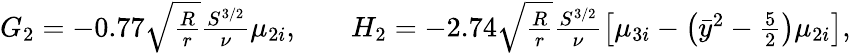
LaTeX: \begin{array}{rlr}{G_{2}=-0.77\sqrt{\frac{R}{r}}\frac{S^{3/2}}{\nu}\mu_{2i},}&{{}}&{H_{2}=-2.74\sqrt{\frac{R}{r}}\frac{S^{3/2}}{\nu}\left[\mu_{3i}-\left(\bar{y}^{2}-\frac{5}{2}\right)\mu_{2i}\right],}\end{array}